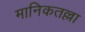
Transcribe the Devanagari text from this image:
मानिकतल्ला